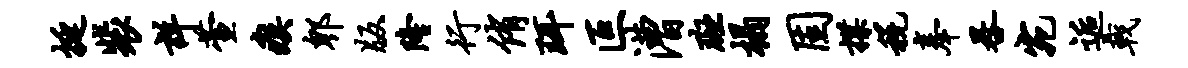
挺裴详萱瘼郫版隆行侑珥叵漕斑榻固揲税奉晷宛逅戟